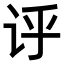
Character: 𫍞